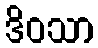
ဒိဝသာ